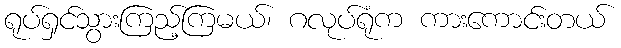
ရုပ်ရှင်သွားကြည့်ကြမယ်၊ ဂလုပ်ရုံက ကားကောင်းတယ်